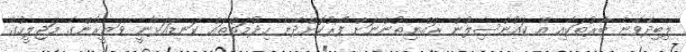
ލިބިދެވޭނެ ބާރުތަކާއި އެ ކައުންސިލުން ރައްޔިތުންނަށް ފޯރުކޮށްދޭނެ ހިދުމަތްތައް ކަނޑައަޅާނީ ވަޒީރުންގެ މަޖިލީހުގެ